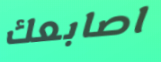
اصابعك